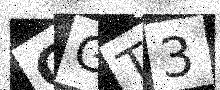
Text: GGT3